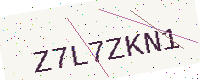
Text: Z7L7ZKN1